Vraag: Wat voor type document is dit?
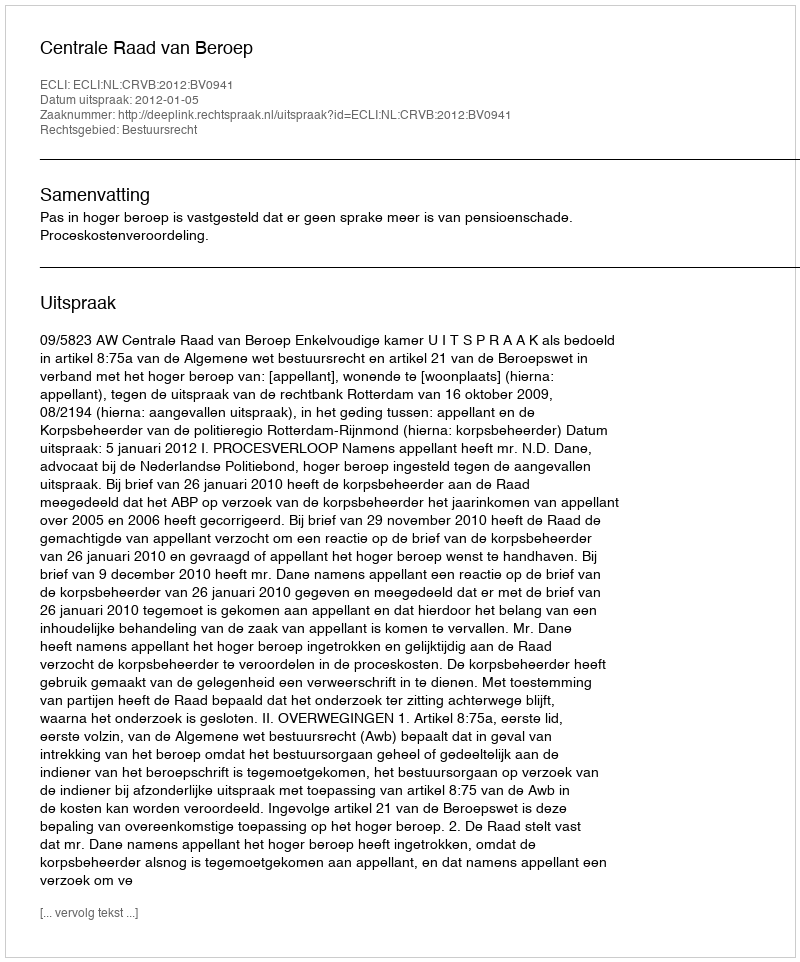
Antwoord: Uitspraak